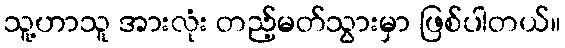
သူ့ဟာသူ အားလုံး တည့်မတ်သွားမှာ ဖြစ်ပါတယ်။